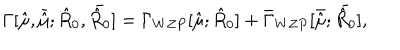
\Gamma [ { \hat { \mu } } , { \bar { \hat { \mu } } } ; { \hat { R } _ { 0 } } , { \bar { \hat { R } _ { 0 } } } ] = \Gamma _ { W Z P } [ { \hat { \mu } } ; { \hat { R } _ { 0 } } ] + { \bar { \Gamma } _ { W Z P } } [ { \bar { \hat { \mu } } } ; { \bar { \hat { R } _ { 0 } } } ] ,